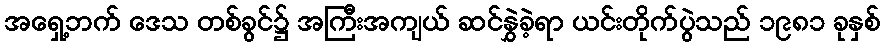
အရှေ့ဘက် ဒေသ တစ်ခွင်၌ အကြီးအကျယ် ဆင်နွှဲခဲ့ရာ ယင်းတိုက်ပွဲသည် ၁၉၈၁ ခုနှစ်